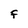
Character: F